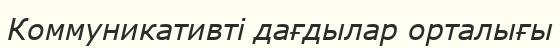
Коммуникативті дағдылар орталығы